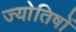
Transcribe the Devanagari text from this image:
ज्याेतिषाें